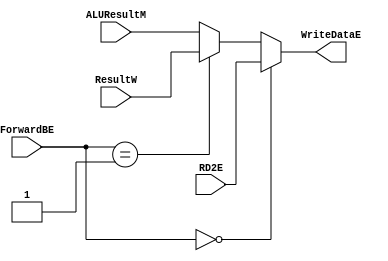
module mux_SrcBE1(input [31:0] RD2E, ResultW, ALUResultM,input [1:0] ForwardBE, output [31:0] WriteDataE);
    assign WriteDataE = (ForwardBE==2'b00) ? RD2E : (ForwardBE==2'b01) ? ResultW : ALUResultM;
endmodule